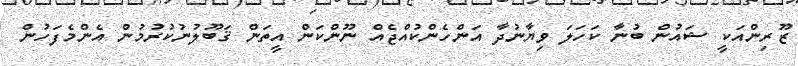
ޒޫރިންއަކީ ޝައުން ބުނާ ކަހަލަ ވިޔާނުދާ އަންހެންކުއްޖެއް ނޫންކަން އީތަން ޤަބޫލުނުކުރުމުން އެންމެފަހުން